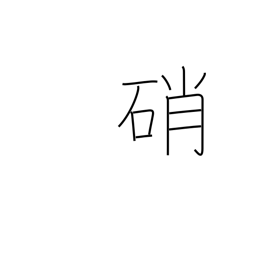
Meaning: saltpeter